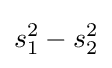
s_{1}^{2}-s_{2}^{2}